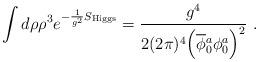
LaTeX: \begin{align*}\int d\rho \rho^3 e^{-\frac{1}{g^2}S_{\rm Higgs}} =\frac{g^4}{2(2\pi)^4\Big(\overline\phi{}_0^a\phi_0^a\Big)^2} ~.\end{align*}